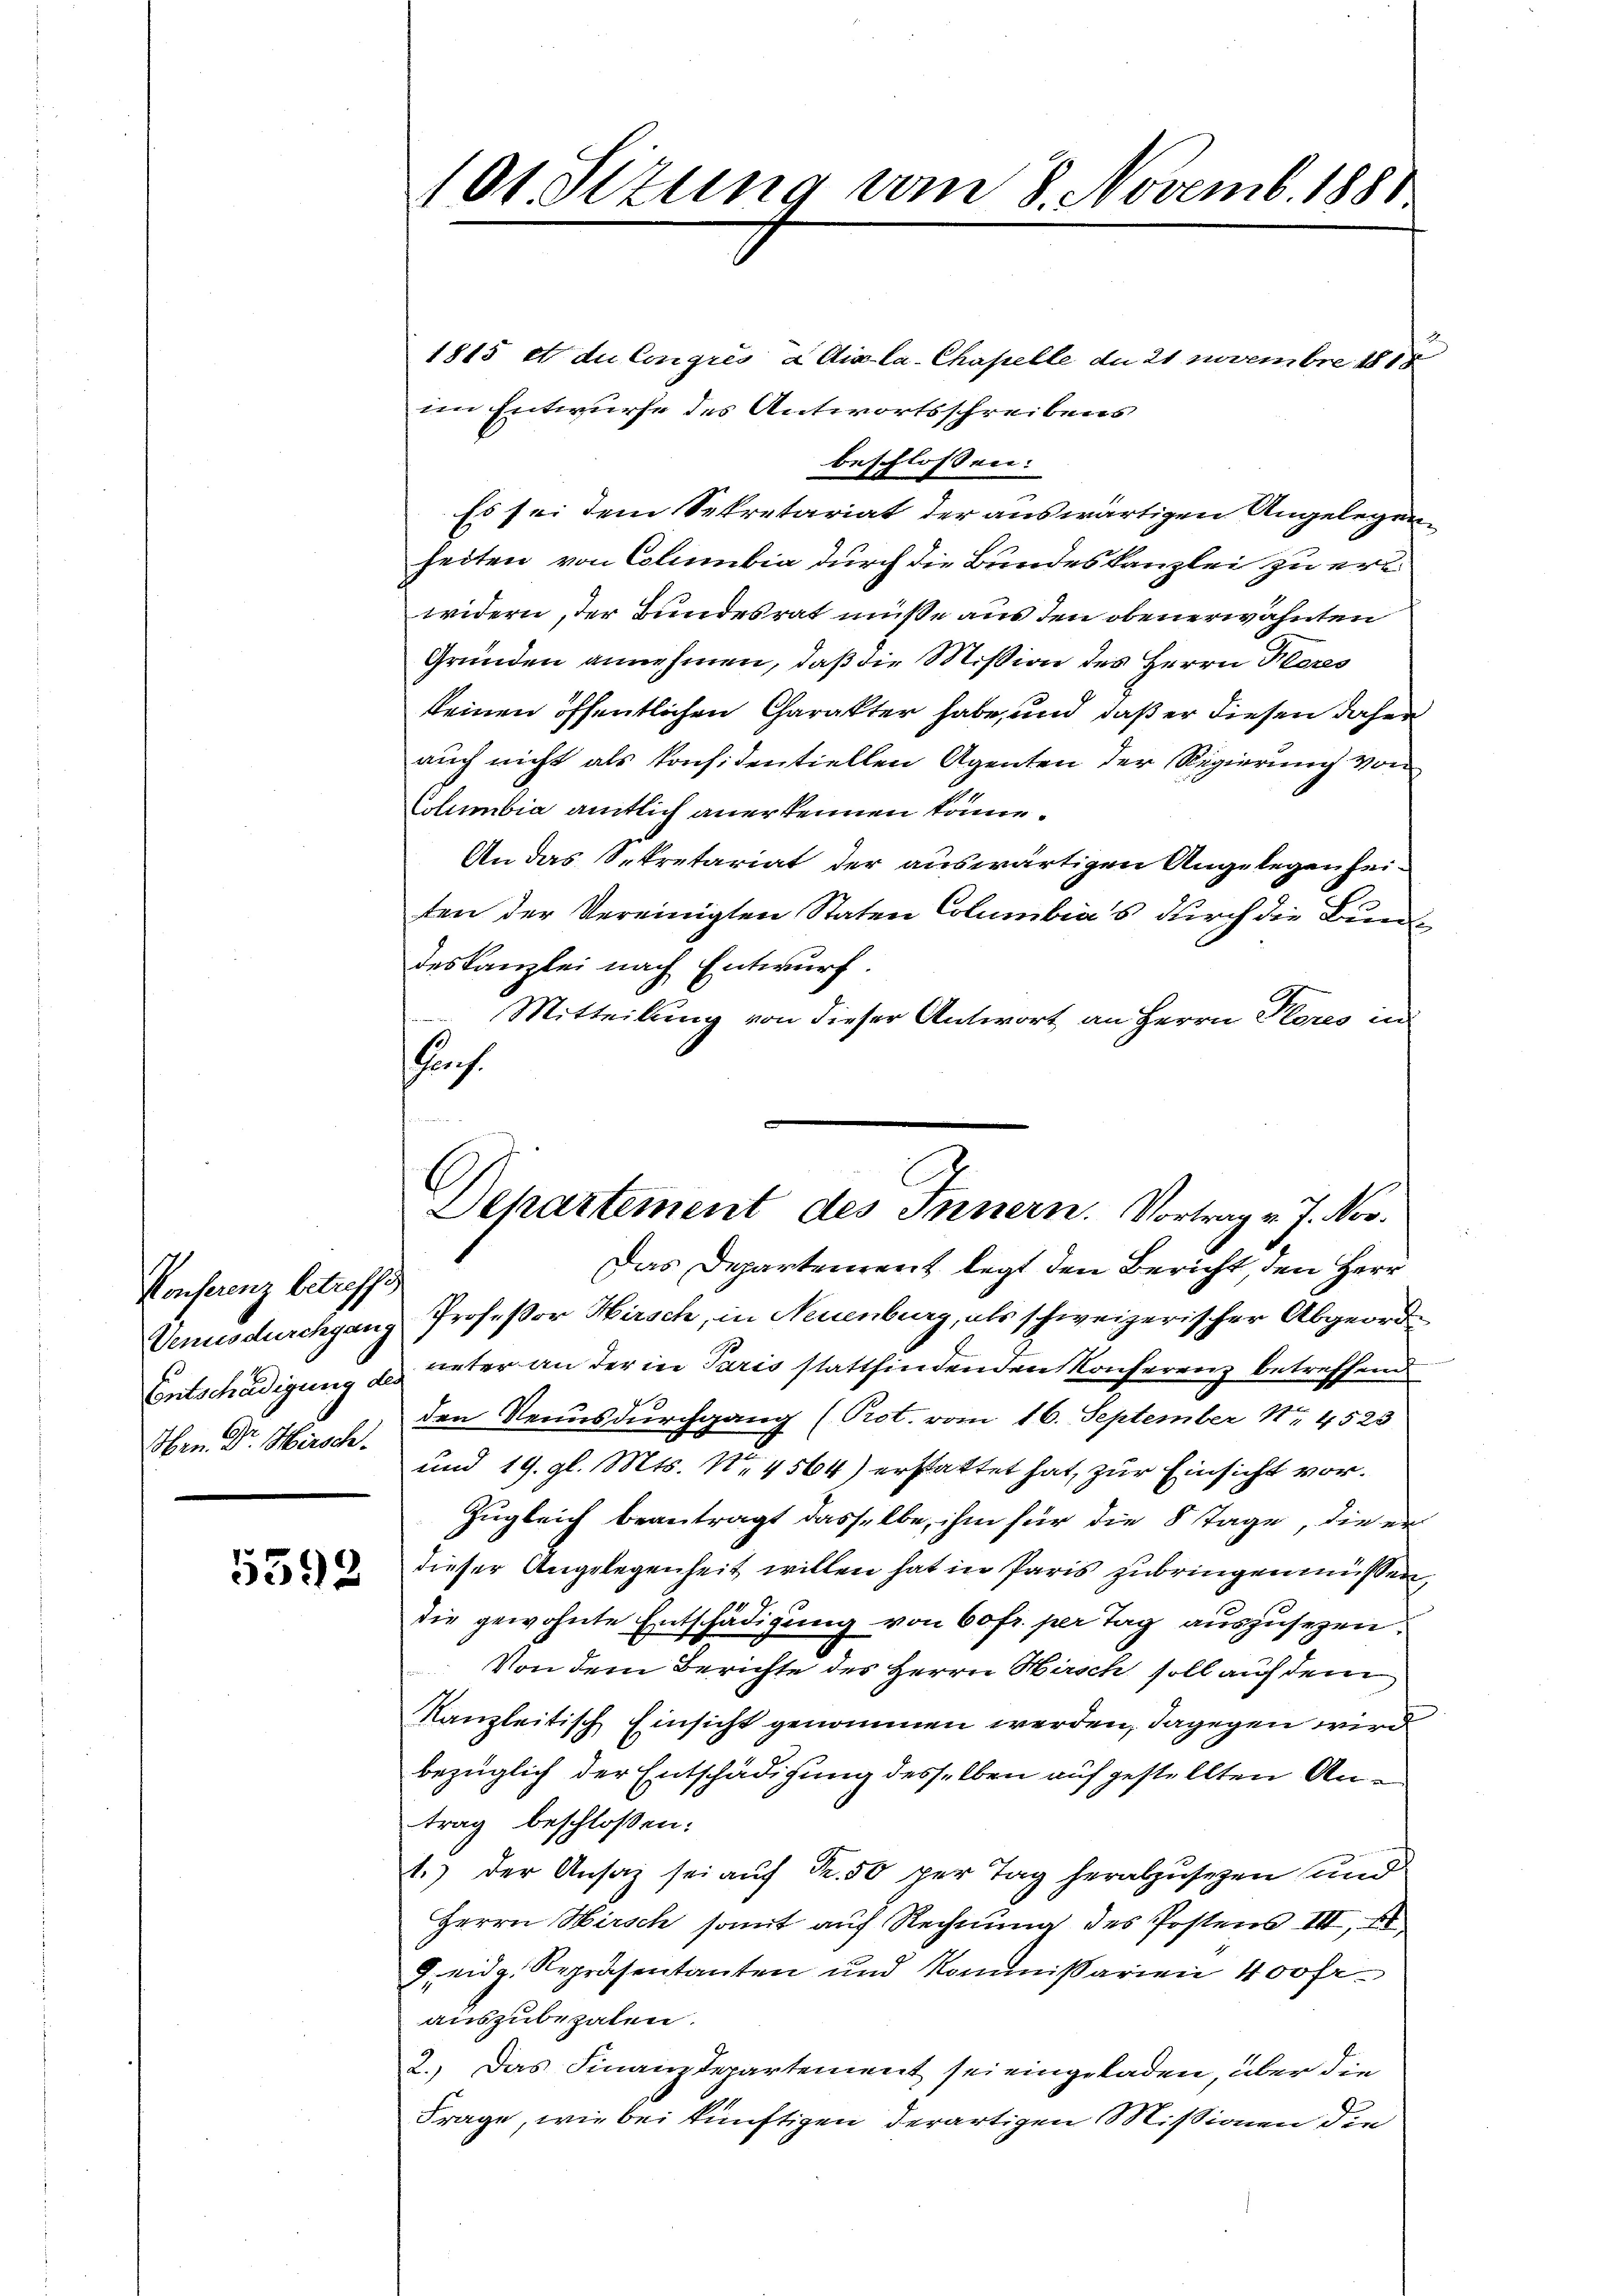
Konserenz betreffe
Venusdurchgang.
Entschädigung des
Oben. Dr. Hirsch.

5592

101. Sizung vom 8. Novemb. 1881

E
Departement des Innern. Vortrag v. J. Nov.
Das Departement legt den Bericht den Herr

1815 et du Congrés a dix-la-Chapelle de 21 Novembre 1818
im Entwurfe des Antwortsschreibens
beschlossen:
Es sei dem Sekretariat der auswärtigen Angelegenheiten von Columbia durch die Bundeskanzlei zu erl
widern, der Bundesrat müße aus den obenerwähnten
Gründen annehmen, daß die Mission des Herrn Klares
keinen öffentlichen Charakter habe, und daß er diesen daher
auch nicht als konsidentiellen Agenten der Regierung von
Columbia amtlich anerkennen könne.
An das Sekretariat der auswärtigen Angelegenheiten der Vereinigten Staten Columbias durch die Bunde
deskanzlei nach Entwurf.
Mitteilung von dieser Antwort an Herrn Pores in
Prof.
Professor Hirsch, in Neuenburg, als schweizerischer Abgeordunter an der in Paris stattfindenden Konferenz betreffend
den Neunsdurchgang (Prot. vom 16. September No 4523
und 19. gl. Mts. N. 4564) erstattet hat, zur Einsicht vor¬
Zugleich beantragt dasselbe, ihm für die 8 Tage, die er
dieser Angelegenheit willen hat in Paris zubringen müssen,
10
die gewohnte Entschädigung von 60 fr. per Tag auszusezen.
Von dem Berichte des Herrn Hirsch soll auf dem
Kanzleitisch Einsicht genommen werden, dagegen wird
bezüglich der Entschädigung desselben auf gestellten Antrag beschloßen:
1.) der Ansaz sei auf Fr. 50 per Tag herabzusehen und
Herrn Hirsch somit auf Rechnung des Postens III, 18
J. eidg. Repräsentanten und Kommissarien 400 fr.
auszubezalen.
2.) Das Finanzdepartement sei eingeladen, über die
Frage, wie bei künftigen derartigen Missionen die